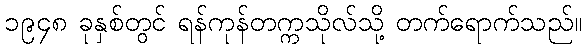
၁၉၄၈ ခုနှစ်တွင် ရန်ကုန်တက္ကသိုလ်သို့ တက်ရောက်သည်။